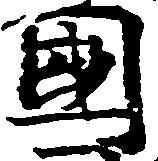
国